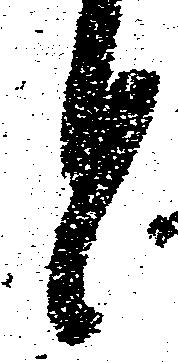
と